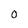
Character: O